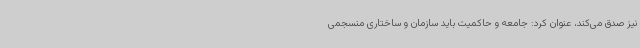
نیز صدق می‌کند، عنوان کرد: جامعه و حاکمیت باید سازمان و ساختاری منسجمی